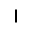
\mid